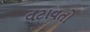
વટાવતો